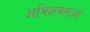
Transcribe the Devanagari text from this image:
अभिक्षमताओं